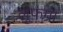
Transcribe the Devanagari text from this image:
लुफग्रा